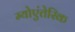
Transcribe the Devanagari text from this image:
म्योएंतेरिक